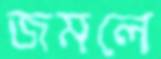
জমলে